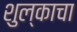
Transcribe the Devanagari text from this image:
शुल्काचा